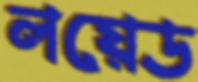
লয়েড